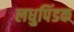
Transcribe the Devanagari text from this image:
लधुपिंडक